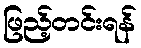
ဖြည့်တင်းရန်